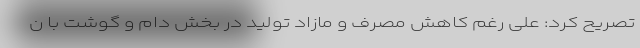
تصریح کرد: علی رغم کاهش مصرف و مازاد تولید در بخش دام و گوشت با ن